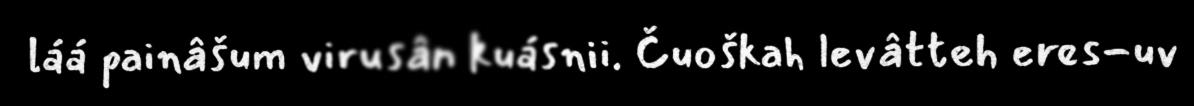
láá painâšum virusân kuásnii. Čuoškah levâtteh eres-uv